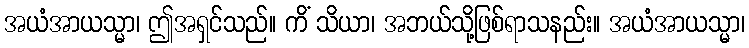
အယံအာယသ္မာ၊ ဤအရှင်သည်။ ကိံ သိယာ၊ အဘယ်သို့ဖြစ်ရာသနည်း။ အယံအာယသ္မာ၊